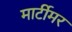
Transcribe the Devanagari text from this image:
मार्टीमर